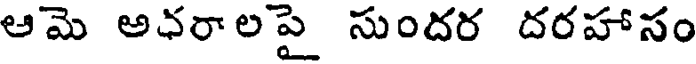
ఆమె అధరాలపై సుందర దరహాసం